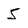
Character: 5